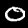
Digit: 0